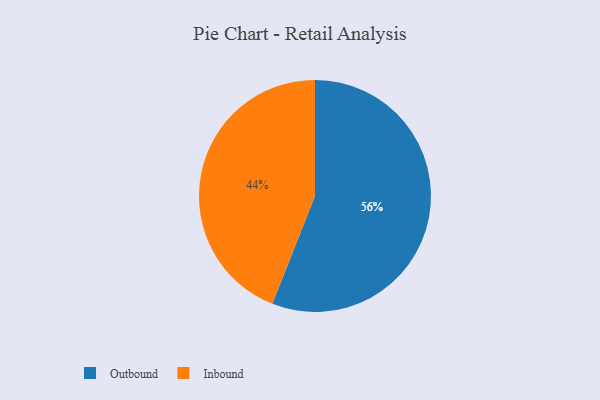
{"axis": {"x": "Category", "y": "Percentage"}, "legend": ["Inbound", "Outbound"], "data": [{"x": "Outbound", "y": 56, "type": "Outbound"}, {"x": "Inbound", "y": 44, "type": "Inbound"}]}